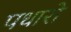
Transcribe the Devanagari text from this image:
पधारो